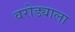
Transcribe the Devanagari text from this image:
वरोड्याला